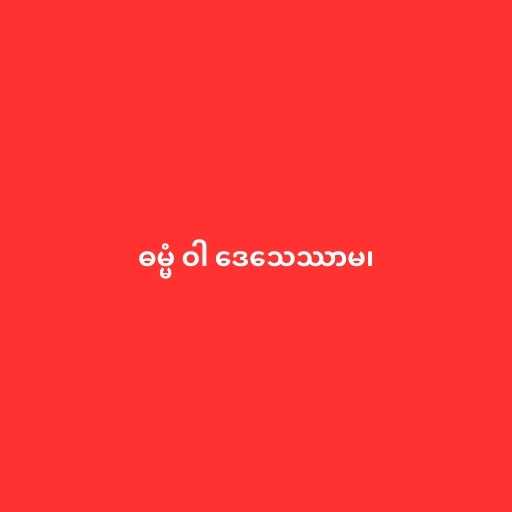
ဓမ္မံ ဝါ ဒေသေဿာမ၊